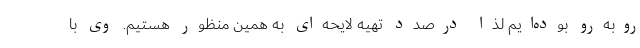
روبه‌رو بوده‌ایم لذا درصدد تهیه لایحه‌ای به همین منظور هستیم. وی با